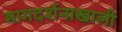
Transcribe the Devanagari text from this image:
मागदर्शनाखाली